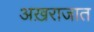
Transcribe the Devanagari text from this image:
अख़राजात